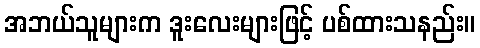
အဘယ်သူများက ဒူးလေးများဖြင့် ပစ်ထားသနည်း။